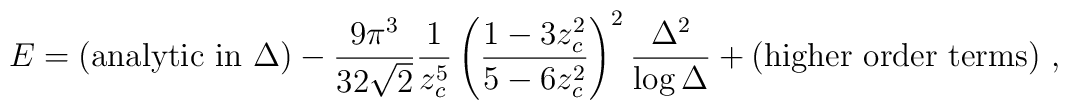
E = ({\rm analytic\ in\ } \Delta) - {9 \pi^3 \over 32 \sqrt 2} {1 \over z_c^5}  \left( {1 - 3 z_c^2 \over 5 - 6 z_c^2} \right)^2 {\Delta^2 \over \log  \Delta} + ({\rm higher\ order\ terms}) \ ,